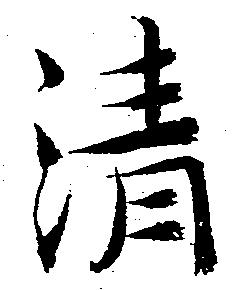
清